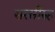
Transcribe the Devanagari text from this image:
सरसीरुह